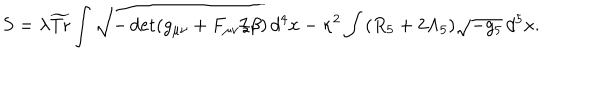
S = \lambda \widetilde { \mathrm { T r } } \int \sqrt { - \det ( g _ { \mu \nu } + F _ { \mu \nu } / \beta ) } \, d ^ { 4 } x - \kappa ^ { 2 } \int \, ( R _ { 5 } + 2 \Lambda _ { 5 } ) \sqrt { - g _ { 5 } } \, d ^ { 5 } x .